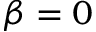
\beta = 0